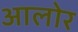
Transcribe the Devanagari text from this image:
आलोर